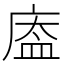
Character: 𱝆